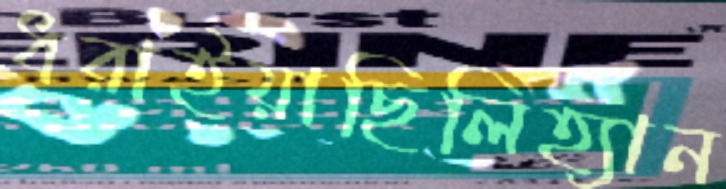
ধরাইয়াছিলিহ্যান